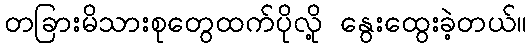
တခြားမိသားစုတွေထက်ပိုလို့ နွေးထွေးခဲ့တယ်။